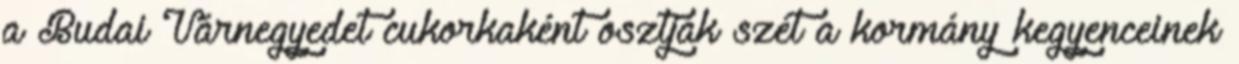
a Budai Várnegyedet cukorkaként osztják szét a kormány kegyenceinek